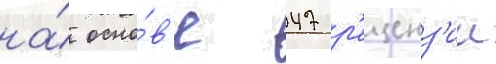
на́ осно́в'е 47 р'еценз'ии